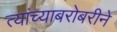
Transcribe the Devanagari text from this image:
त्यांच्याबरोबरीने